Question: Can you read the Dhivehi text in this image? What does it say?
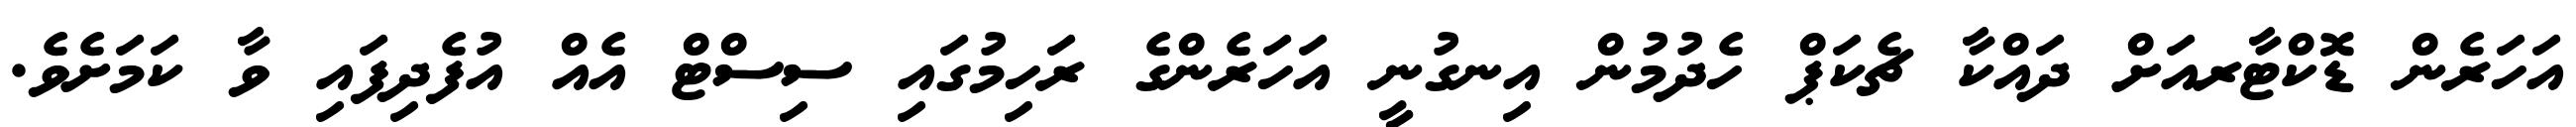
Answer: އަހަރެން ޑޮކްޓާރއަށް ދައްކާ ޗެކަޕް ހެދުމުން އިނގުނީ އަހަރެންގެ ރަހިމުގައި ސިސްޓް އެއް އުފެދިފައި ވާ ކަމަށެވެ.